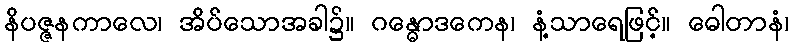
နိပဇ္ဇနကာလေ၊ အိပ်သောအခါ၌။ ဂန္ဓောဒကေန၊ နံ့သာရေဖြင့်။ ဓေါတာနံ၊